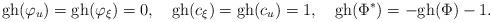
LaTeX: \begin{align*}\hbox{gh}(\varphi_u)=\hbox{gh}(\varphi_\xi)=0, \quad \hbox{gh}(c_\xi)=\hbox{gh}(c_u)=1,\quad \hbox{gh}(\Phi^*)=-\hbox{gh}(\Phi)-1.\end{align*}